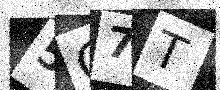
Text: 5G7T